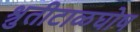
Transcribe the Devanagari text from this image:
श्रुतीटाळघोष